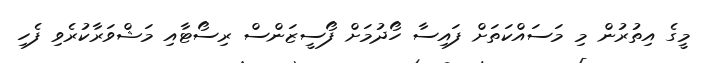
މީގެ އިތުރުން މި މަސައްކަތަށް ފައިސާ ހޯދުމަށް ފޯސީޒަންސް ރިސޯޓާއި މަޝްވަރާކުރެވި ފެހި